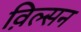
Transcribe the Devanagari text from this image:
व़िल्सन